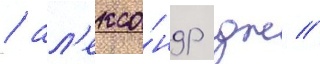
/ ал'екса́ндр дж //